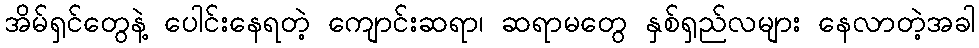
အိမ်ရှင်တွေနဲ့ ပေါင်းနေရတဲ့ ကျောင်းဆရာ၊ ဆရာမတွေ နှစ်ရှည်လများ နေလာတဲ့အခါ